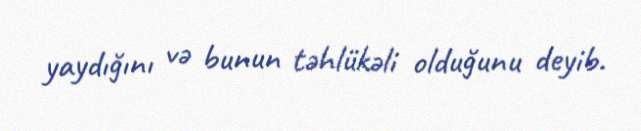
yaydığını və bunun təhlükəli olduğunu deyib.